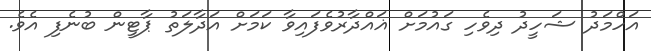
އަހްމަދު ޝަހީދު ދިވެހި ގައުމަށް ޣައްދާރުވެފައިވާ ކަމަށް އަދާލަތު ޕާޓީން ބުނެފި އެވެ.